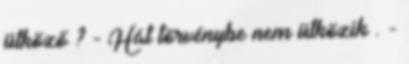
ütköző ? - Hát törvénybe nem ütközik . -